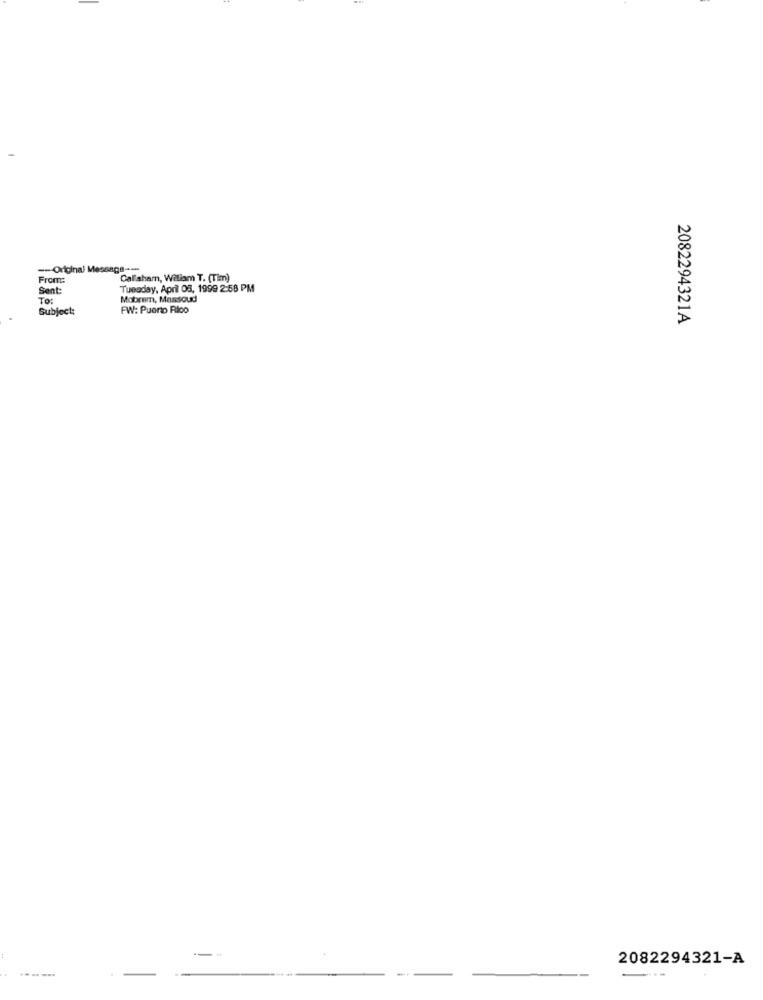
-- Original Message ----
From:
Callaham, Wiliam T. (Tim)
Sent:
Tuesday, April 08, 1999 2:58 PM
Mobrem, Maxioud
Subject:
FW: Puerto Rico
2082294321A
2082294321-A
.......